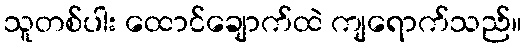
သူတစ်ပါး ထောင်ချောက်ထဲ ကျရောက်သည်။